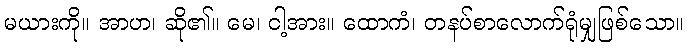
မယားကို။ အာဟ၊ ဆို၏။ မေ၊ ငါ့အား။ ထောကံ၊ တနပ်စာလောက်ရုံမျှဖြစ်သော။